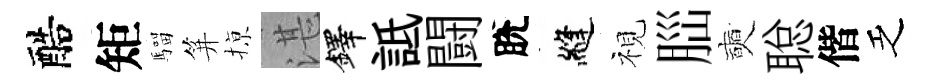
醅矩騮笄𢱊湛鐸詆闘脫縫視𦛁奭聪偕乏